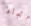
أتجاه